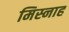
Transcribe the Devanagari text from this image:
मिस्नाह